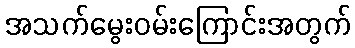
အသက်မွေးဝမ်းကြောင်းအတွက်